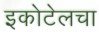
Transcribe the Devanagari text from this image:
इकोटेलचा